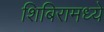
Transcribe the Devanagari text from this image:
शिबिरामध्ये